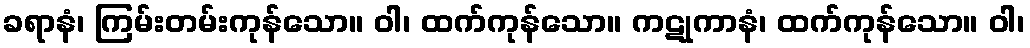
ခရာနံ၊ ကြမ်းတမ်းကုန်သော။ ဝါ၊ ထက်ကုန်သော။ ကဋုကာနံ၊ ထက်ကုန်သော။ ဝါ၊